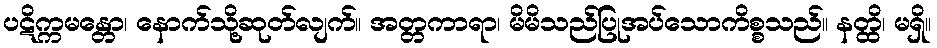
ပဋိက္ကမန္တော၊ နောက်သို့ဆုတ်လျက်။ အတ္တကာရာ၊ မိမိသည်ပြုအပ်သောကိစ္စသည်။ နတ္ထိ၊ မရှိ။